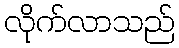
လိုက်လာသည်